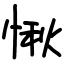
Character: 愀